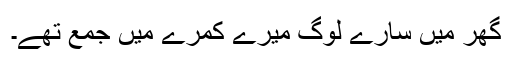
گھر میں سارے لوگ میرے کمرے میں جمع تھے۔